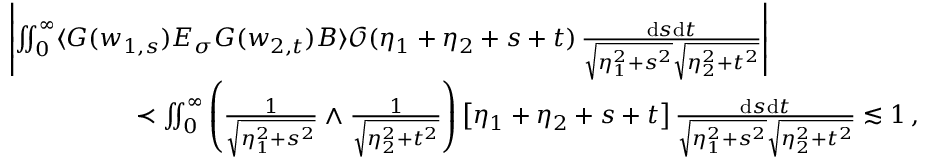
\begin{array} { r l } & { \left| \iint _ { 0 } ^ { \infty } \langle G ( w _ { 1 , s } ) E _ { \sigma } G ( w _ { 2 , t } ) B \rangle \mathcal { O } ( \eta _ { 1 } + \eta _ { 2 } + s + t ) \, \frac { \mathrm { d } s \mathrm { d } t } { \sqrt { \eta _ { 1 } ^ { 2 } + s ^ { 2 } } \sqrt { \eta _ { 2 } ^ { 2 } + t ^ { 2 } } } \right| } \\ & { \qquad \qquad \quad \prec \iint _ { 0 } ^ { \infty } \left( \frac { 1 } { \sqrt { \eta _ { 1 } ^ { 2 } + s ^ { 2 } } } \wedge \frac { 1 } { \sqrt { \eta _ { 2 } ^ { 2 } + t ^ { 2 } } } \right) \big [ \eta _ { 1 } + \eta _ { 2 } + s + t \big ] \, \frac { \mathrm { d } s \mathrm { d } t } { \sqrt { \eta _ { 1 } ^ { 2 } + s ^ { 2 } } \sqrt { \eta _ { 2 } ^ { 2 } + t ^ { 2 } } } \lesssim 1 \, , } \end{array}